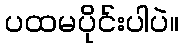
ပထမပိုင်းပါပဲ။